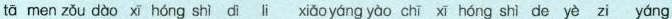
tā men zǒu dào xī hóng shì di lì xiǎoyáng yào chī xī hóng shì de yè zi yáng